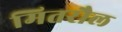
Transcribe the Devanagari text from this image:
मितरौल